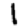
Digit: 1